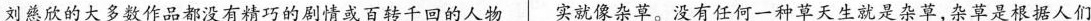
刘慈欣没的大多数作品都没有精巧的剧情或百转千回的人物 实就杂草。没有任何一种草天生他就是杂草，杂草是根据人们